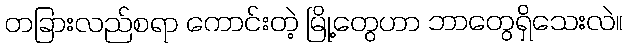
တခြားလည်စရာ ကောင်းတဲ့ မြို့တွေဟာ ဘာတွေရှိသေးလဲ။